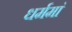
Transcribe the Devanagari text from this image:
धर्ममां